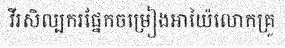
វីរសិល្បករផ្នែកចម្រៀងអាយ៉ៃលោកគ្រូ